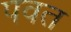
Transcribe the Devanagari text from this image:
पवत